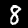
Label: 8